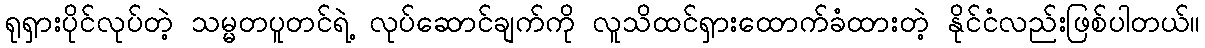
ရုရှားပိုင်လုပ်တဲ့ သမ္မတပူတင်ရဲ့ လုပ်ဆောင်ချက်ကို လူသိထင်ရှားထောက်ခံထားတဲ့ နိုင်ငံလည်းဖြစ်ပါတယ်။